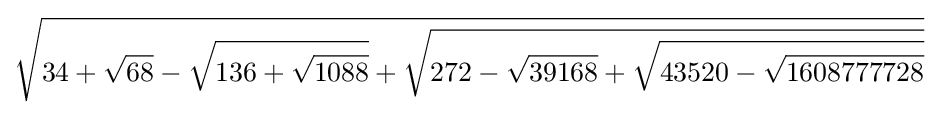
{\sqrt {34+{\sqrt {68}}-{\sqrt {136+{\sqrt {1088}}}}+{\sqrt {272-{\sqrt {39168}}+{\sqrt {43520-{\sqrt {1608777728}}}}}}}}